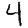
Digit: 4